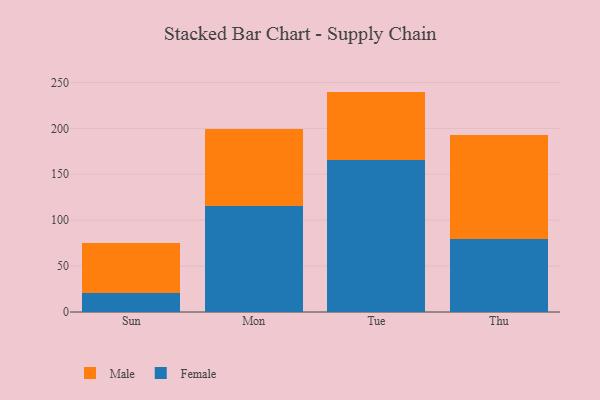
{"axis": {"x": "Day", "y": "Bounce Rate (%)"}, "legend": ["Female", "Male"], "data": [{"x": "Sun", "y": 21.1, "type": "Female"}, {"x": "Sun", "y": 54.2, "type": "Male"}, {"x": "Mon", "y": 115.9, "type": "Female"}, {"x": "Mon", "y": 83.0, "type": "Male"}, {"x": "Tue", "y": 165.2, "type": "Female"}, {"x": "Tue", "y": 74.8, "type": "Male"}, {"x": "Thu", "y": 79.7, "type": "Female"}, {"x": "Thu", "y": 113.1, "type": "Male"}]}